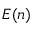
E ( n )